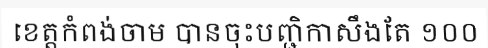
ខេត្តកំពង់ចាម បានចុះបញ្ជិកាសឹងតែ ១០០